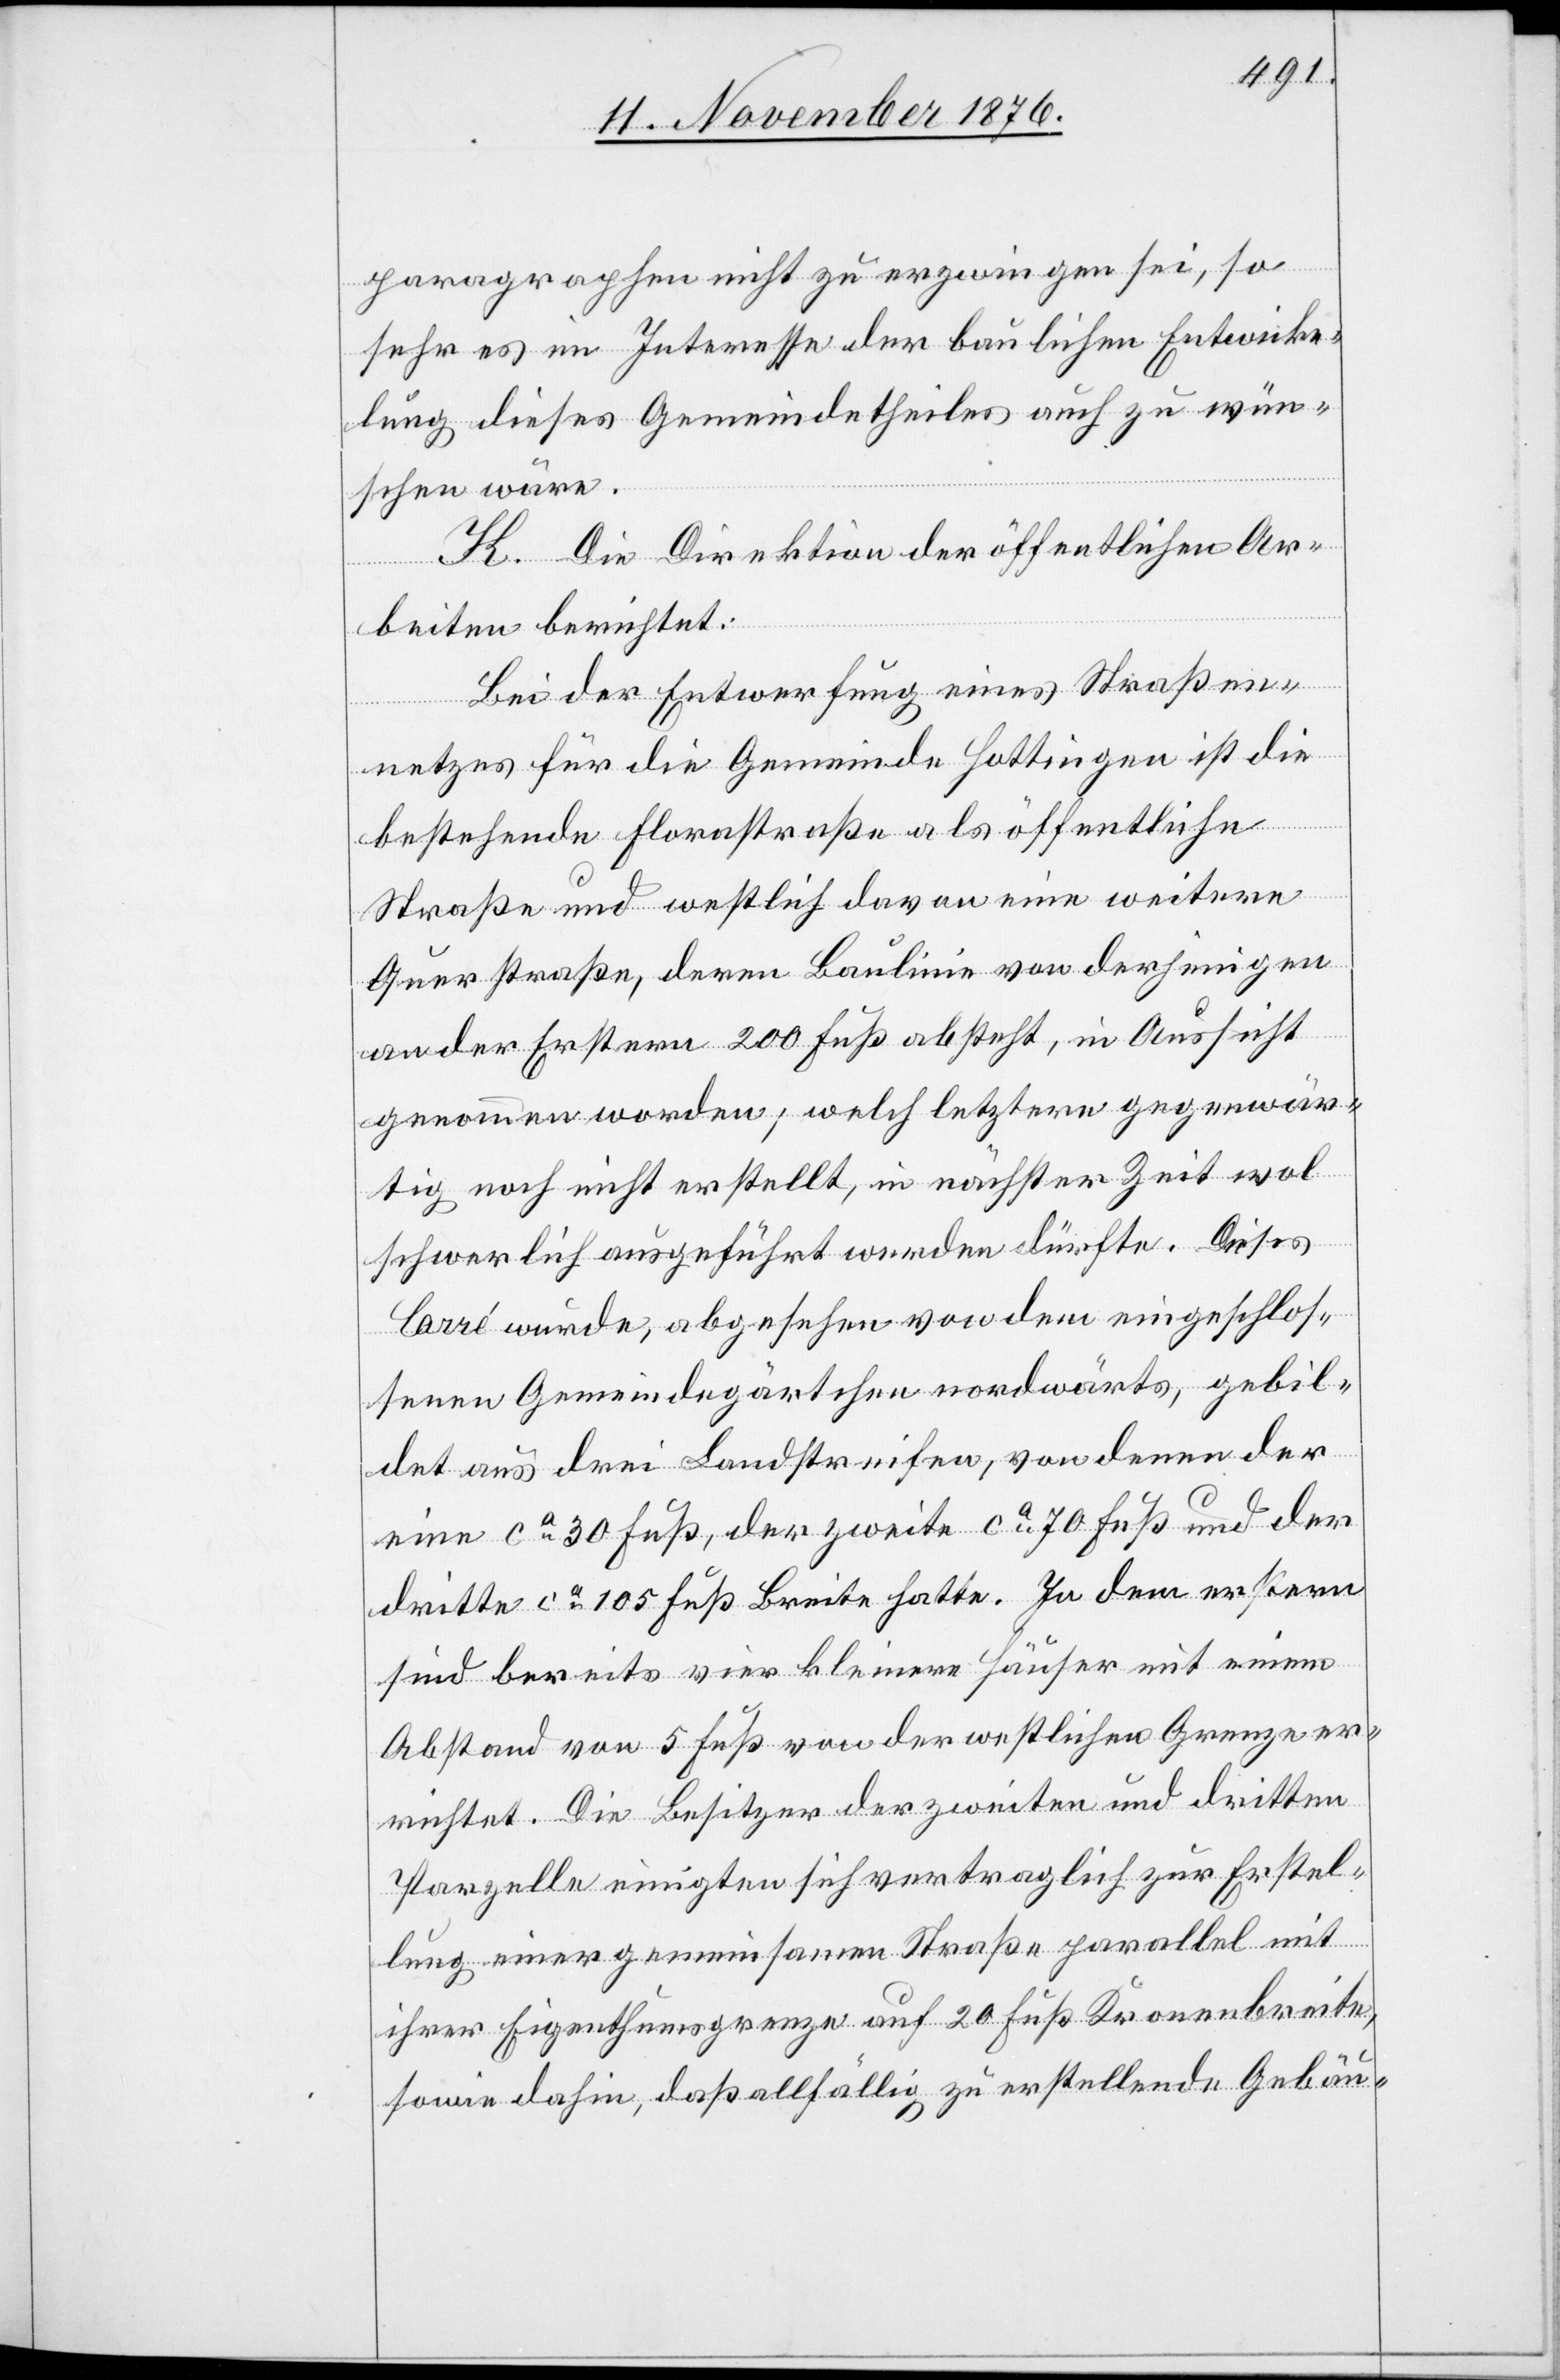
paragraphen nicht zu erzwingen sei, so
sehr es im Interesse der baulichen Entwicke¬
lung dieses Gemeindetheiles auch zu wün¬
schen wäre.
K. Die Direktion der öffentlichen Ar¬
beiten berichtet:
Bei der Entwerfung eines Straßen¬
netzes für die Gemeinde Hottingen ist die
bestehende Florastraße als öffentliche
Straße und westlich davon eine weitere
Querstraße, deren Baulinie von derjenigen
an der Erstern 200 Fuß absteht, in Aussicht
genommen worden; welch letztere gegenwär¬
tig noch nicht erstellt, in nächster Zeit wol
schwerlich ausgeführt werden dürfte. Dieses
Carré wurde, abgesehen von dem eingeschlos¬
senen Gemeindegärtchen nordwärts, gebil¬
det aus drei Landstreifen, von denen der
eine ca 30 Fuß, der zweite ca 70 Fuß und der
dritte ca 150 Fuß Breite hatte. In dem erstern
sind bereits vier kleine Häuser mit einem
Abstand von 5 Fuß von der westlichen Grenze er¬
richtet. Die Besitzer der zweiten und dritten
Parzelle einigten sich vertraglich zur Erstel¬
lung einer gemeinsamen Straße parallel mit
ihrer Eigenthumsgrenze auf 20 Fuß Kronenbreite,
sowie dahin, daß allfällig zu erstellende Gebäu-